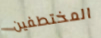
المختطفين